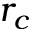
r _ { c }